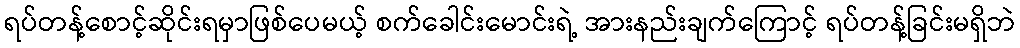
ရပ်တန့်စောင့်ဆိုင်းရမှာဖြစ်ပေမယ့် စက်ခေါင်းမောင်းရဲ့ အားနည်းချက်ကြောင့် ရပ်တန့်ခြင်းမရှိဘဲ